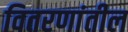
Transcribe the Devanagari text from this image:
वितरणांतील